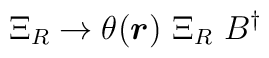
\Xi_R \rightarrow \theta(\mbox{\boldmath$r$})~\Xi_R~B^\dag